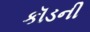
કૉડની